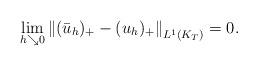
LaTeX: \begin{align*}\lim_{h \searrow 0}\left\|(\bar{u}_h)_+-(u_h)_+ \right\|_{L^1(K_T)}=0.\end{align*}